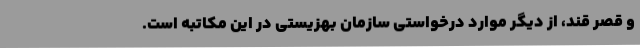
و قصر قند، از دیگر موارد درخواستی سازمان بهزیستی در این مکاتبه است.